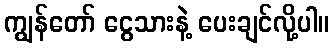
ကျွန်တော် ငွေသားနဲ့ ပေးချင်လို့ပါ။